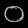
Digit: ၀